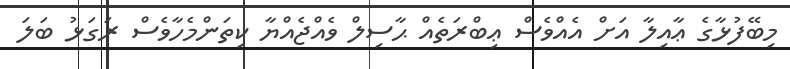
މިބޭފުޅާގެ ޢާއިލާ އަށް އެއްވެސް ޢިބްރަތެއް ޙާސިލް ވެއްޖެއްޔާ ކިތަންމެހާވެސް ރަގަޅު ބަލަ